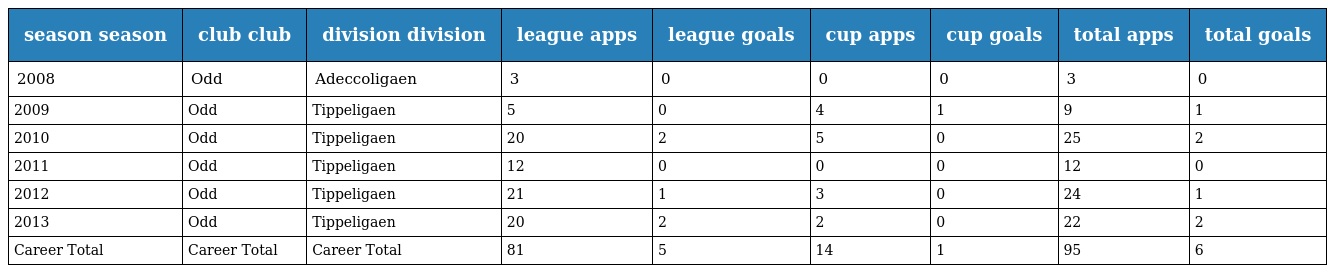
| season season | club club | division division | league apps | league goals | cup apps | cup goals | total apps | total goals |
 | --- | --- | --- | --- | --- | --- | --- | --- | --- |
 | 2008 | Odd | Adeccoligaen | 3 | 0 | 0 | 0 | 3 | 0 |
 | 2009 | Odd | Tippeligaen | 5 | 0 | 4 | 1 | 9 | 1 |
 | 2010 | Odd | Tippeligaen | 20 | 2 | 5 | 0 | 25 | 2 |
 | 2011 | Odd | Tippeligaen | 12 | 0 | 0 | 0 | 12 | 0 |
 | 2012 | Odd | Tippeligaen | 21 | 1 | 3 | 0 | 24 | 1 |
 | 2013 | Odd | Tippeligaen | 20 | 2 | 2 | 0 | 22 | 2 |
 | Career Total | Career Total | Career Total | 81 | 5 | 14 | 1 | 95 | 6 |